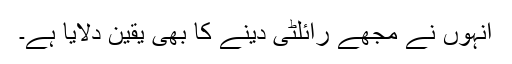
انہوں نے مجھے رائلٹی دینے کا بھی یقین دلایا ہے۔